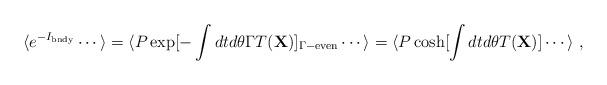
LaTeX: \begin{align*}\langle e^{-I_{\rm bndy}} \cdots \rangle = \langle P \exp[-\int dt d\theta \Gamma T({\bf X})]_{\Gamma-{\rm even}}\cdots \rangle= \langle P \cosh[\int dt d\theta T({\bf X})]\cdots \rangle ~,\end{align*}